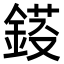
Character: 𨨈